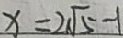
x = 2 \sqrt { 5 } - 1